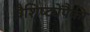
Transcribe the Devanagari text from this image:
वैशिष्ट्येंपैकी